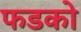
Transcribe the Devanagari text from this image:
फडको